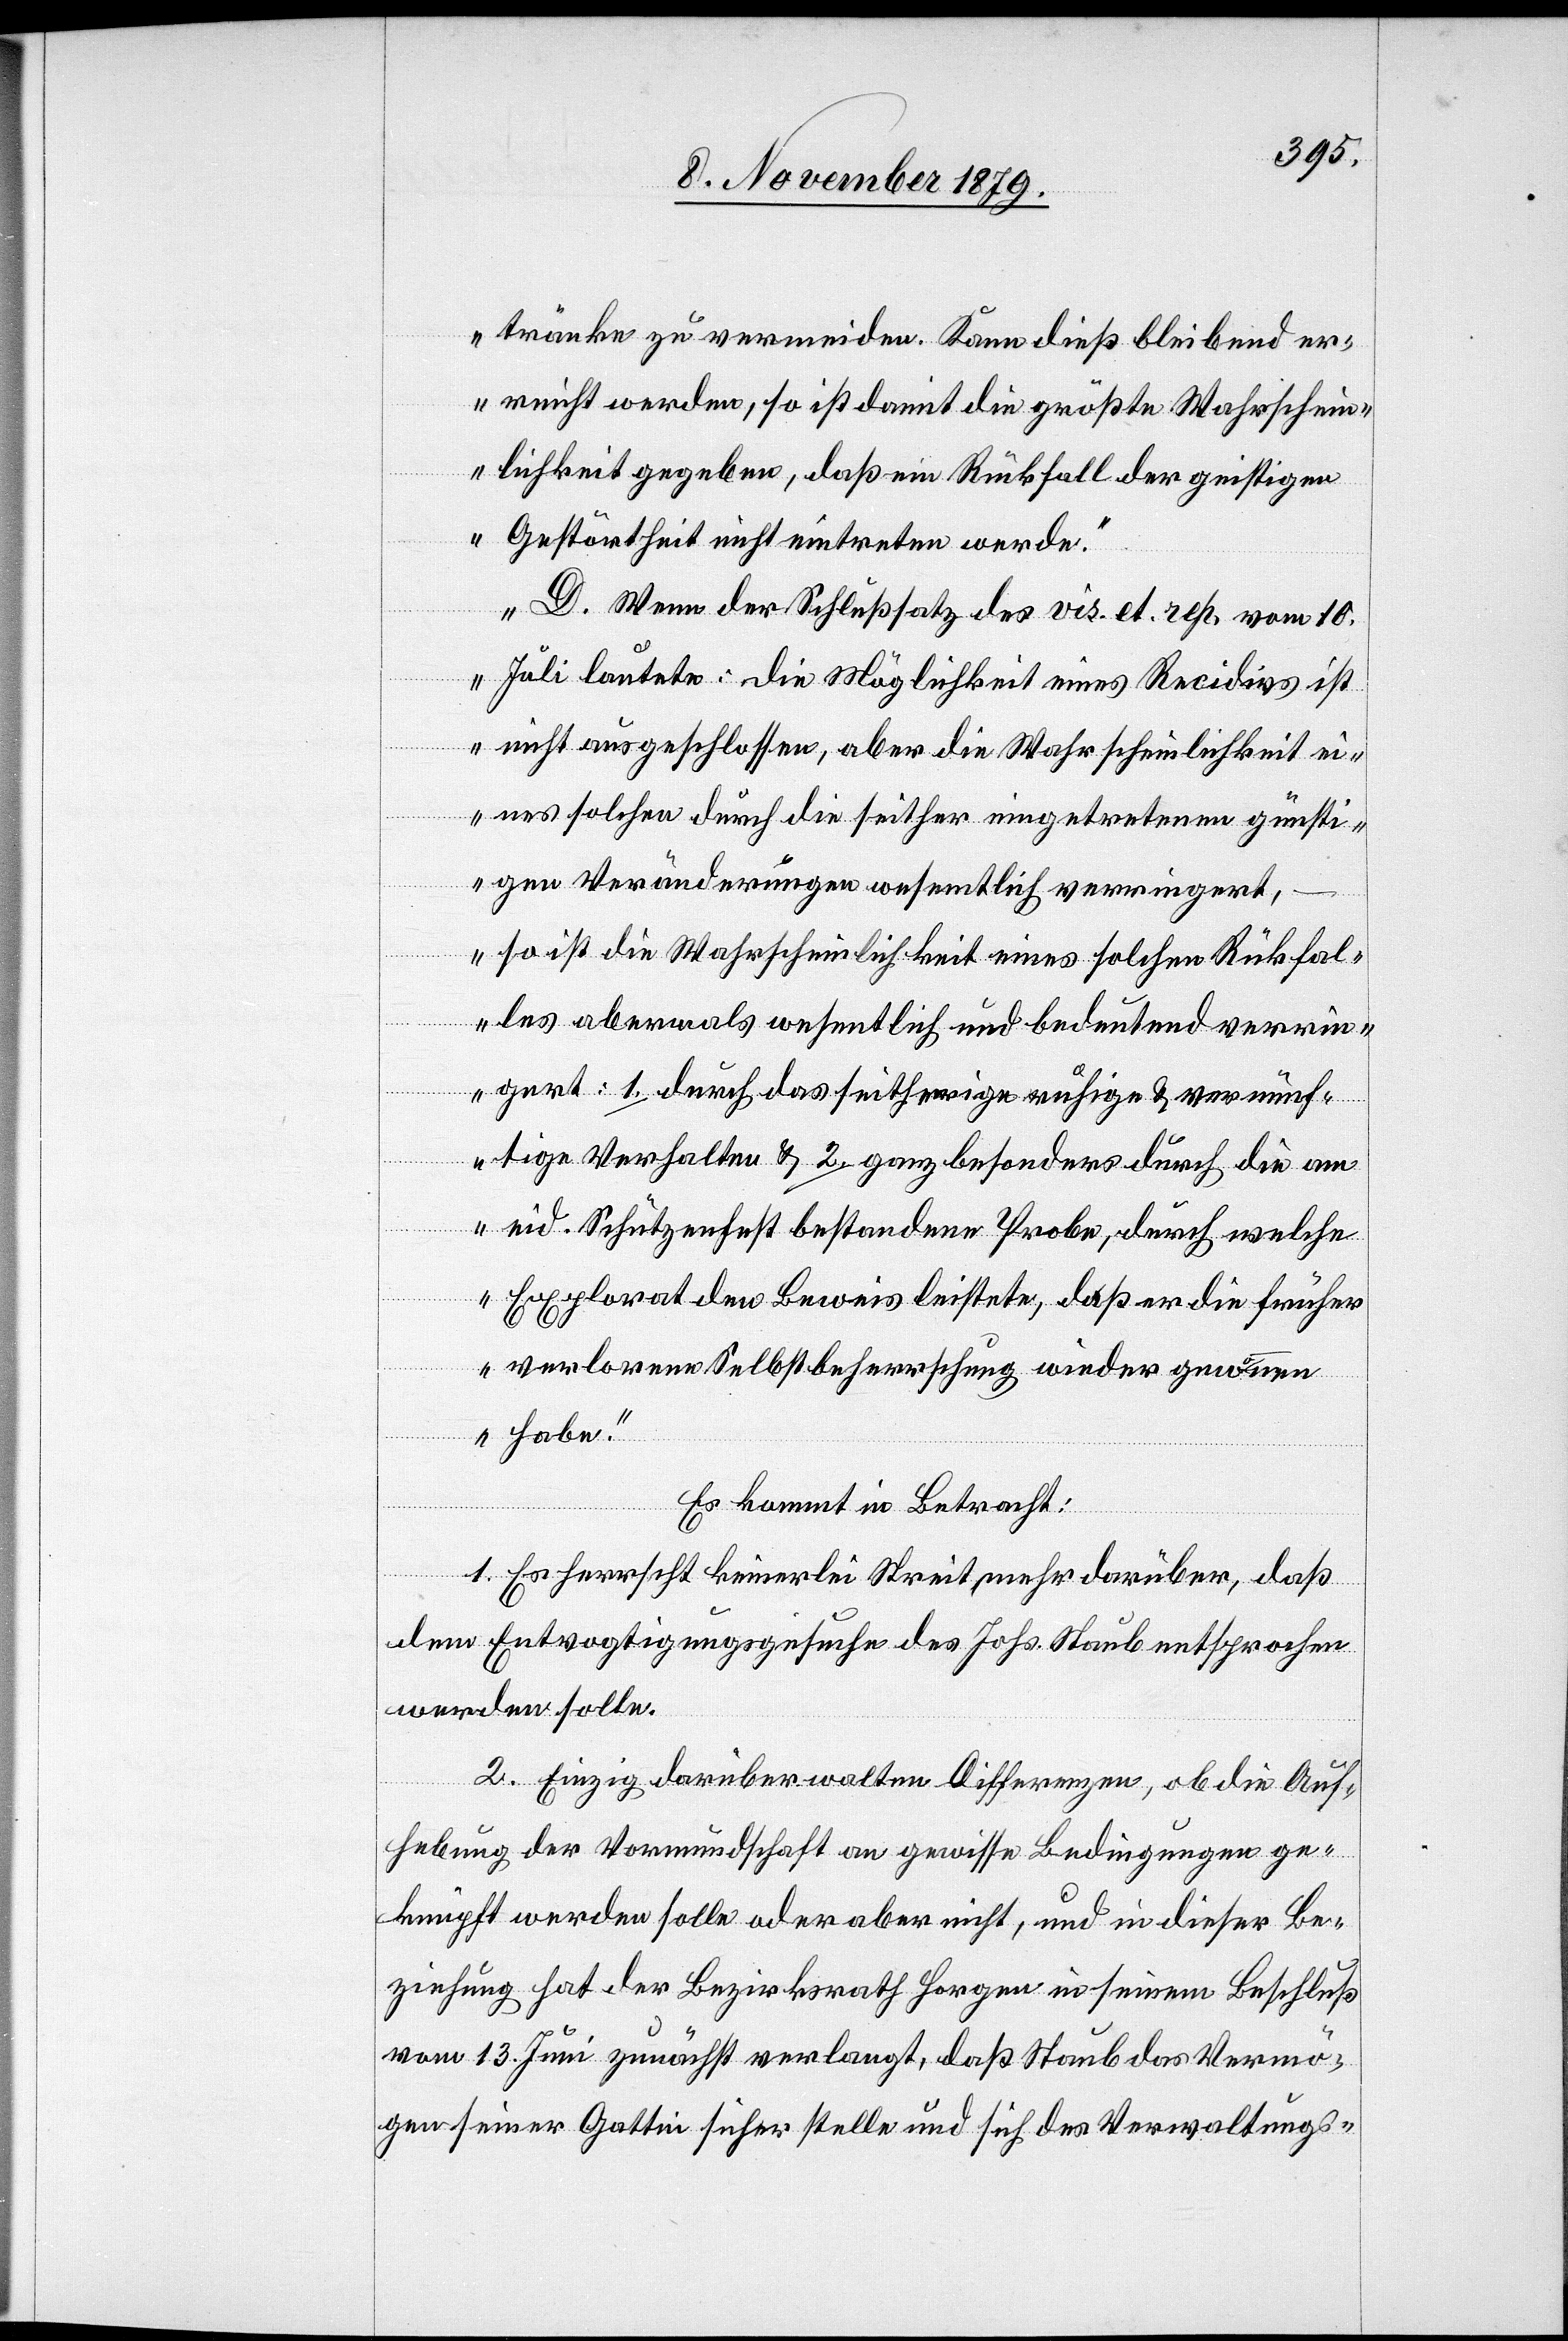
tränke zu vermeiden. Kann dieß bleibend er¬
reicht werden, so ist damit die größte Wahrschein¬
lichkeit gegeben, daß ein Rückfall der geistigen
Gestörtheit nicht eintreten werde.
D. Wenn der Schlußsatz des vis. et rep. vom 10.
Juli lautete: die Möglichkeit eines Recidivs ist
nicht ausgeschlossen, aber die Wahrscheinlichkeit ei¬
nes solchen durch die seither eingetretenen günsti¬
gen Veränderungen wesentlich verringert,
– so ist die Wahrscheinlichkeit eines solchen Rückfal¬
les abermals wesentlich und bedeutend verrin¬
gert: 1. durch das seitherige ruhige & vernünf¬
tige Verhalten & 2. ganz besonders durch die am
eid. Schützenfest bestandene Probe, durch welche
Explorat den Beweis leistete, daß er die früher
verlorene Selbstbeherrschung wieder gewonnen
habe.“
Es kommt in Betracht:
1. Es herrscht keinerlei Streit mehr darüber, daß
dem Entvogtigungsgesuche des Johs. Staub entsprochen
werden solle.
2. Einzig darüber walten Differenzen, ob die Auf¬
hebung der Vormundschaft an gewisse Bedingungen ge¬
knüpft werden solle oder aber nicht, und in dieser Be¬
ziehung hat der Bezirksrath Horgen in seinem Beschluß
vom 13. Juni zunächst verlangt, daß Staub das Vermö¬
gen seiner Gattin sicher stelle und sich des Verwaltungs-